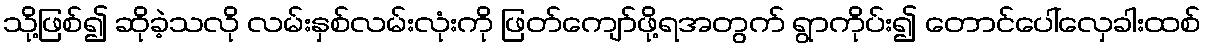
သို့ဖြစ်၍ ဆိုခဲ့သလို လမ်းနှစ်လမ်းလုံးကို ဖြတ်ကျော်ဖို့ရအတွက် ရွာကိုပ်း၍ တောင်ပေါ်လှေခါးထစ်